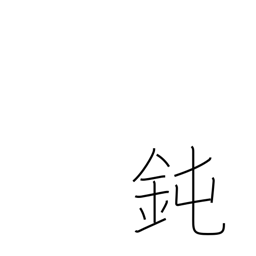
Meaning: foolish